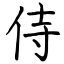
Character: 侍